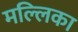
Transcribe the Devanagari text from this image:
मल्‍लिका